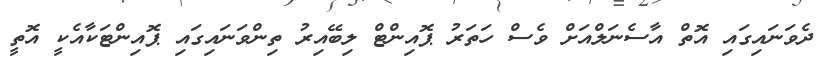
ދެވަނައިގައި އޮތް އާސެނަލްއަށް ވެސް ހަތަރު ޕޮއިންޓް ލިބޭއިރު ތިންވަނައިގައި ޕޮއިންޓަކާއެކީ އޮތީ